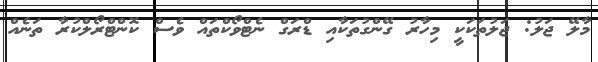
މާލޭ ޖަލު: ޖަލުތަކަކީ މިހާރު ގޭންގުތަކާއި ޑްރަގް ނެޓްވޯކްތައް ވެސް ކޮންޓްރޯލްކުރާ ތަނެއް